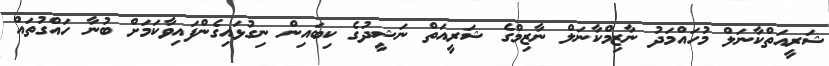
ޝަރީއަތްކާނަލް މުހައްމަދު ނާޒިމްކާނަލް ނާޒިމްގެ ޝަރީއަތް ނަޝީދުގެ ކިބައިން ނިގުޅައިގެންފައިވާކަމަށް ބުނާ ހައްގުތައް